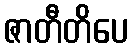
ဇာတီတိပေ